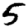
Digit: 5